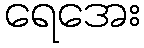
ရေအေး